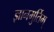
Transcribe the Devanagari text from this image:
ज्ञानमुर्तिम्‌